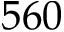
5 6 0